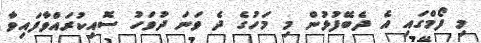
މި ފޯމްގައި އެ ދެބޭފުޅުން މި މަހުގެ ދެ ވަނަ ދުވަހު ސޮއިކުރައްވާފައިވާ